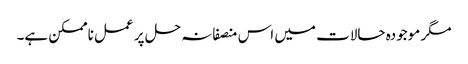
مگر موجودہ حالات میں اس منصفانہ حل پر عمل ناممکن ہے۔